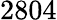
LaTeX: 2804